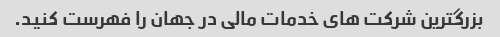
بزرگترین شرکت های خدمات مالی در جهان را فهرست کنید.